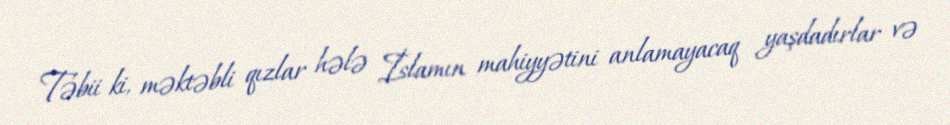
Təbii ki, məktəbli qızlar hələ İslamın mahiyyətini anlamayacaq yaşdadırlar və